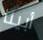
أبينا